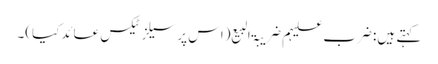
کہتے ہیں: ضرب علیہم ضریبۃ البیع (اس پر سیلز ٹیکس عائدکیا)۔